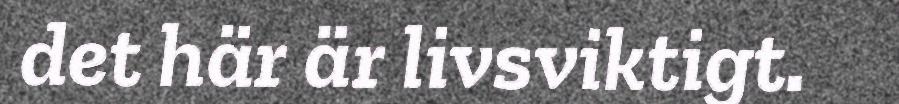
det här är livsviktigt.